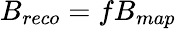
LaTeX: B_{reco}=fB_{map}